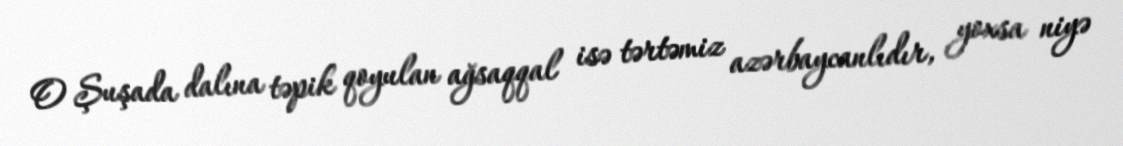
O Şuşada dalına təpik qoyulan ağsaqqal isə tərtəmiz azərbaycanlıdır, yoxsa niyə